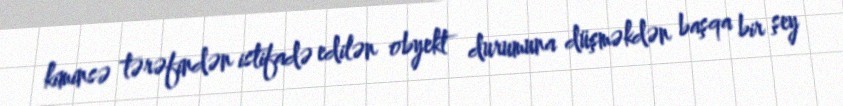
kiminsə tərəfindən istifadə edilən obyekt durumuna düşməkdən başqa bir şey